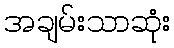
အချမ်းသာဆုံး